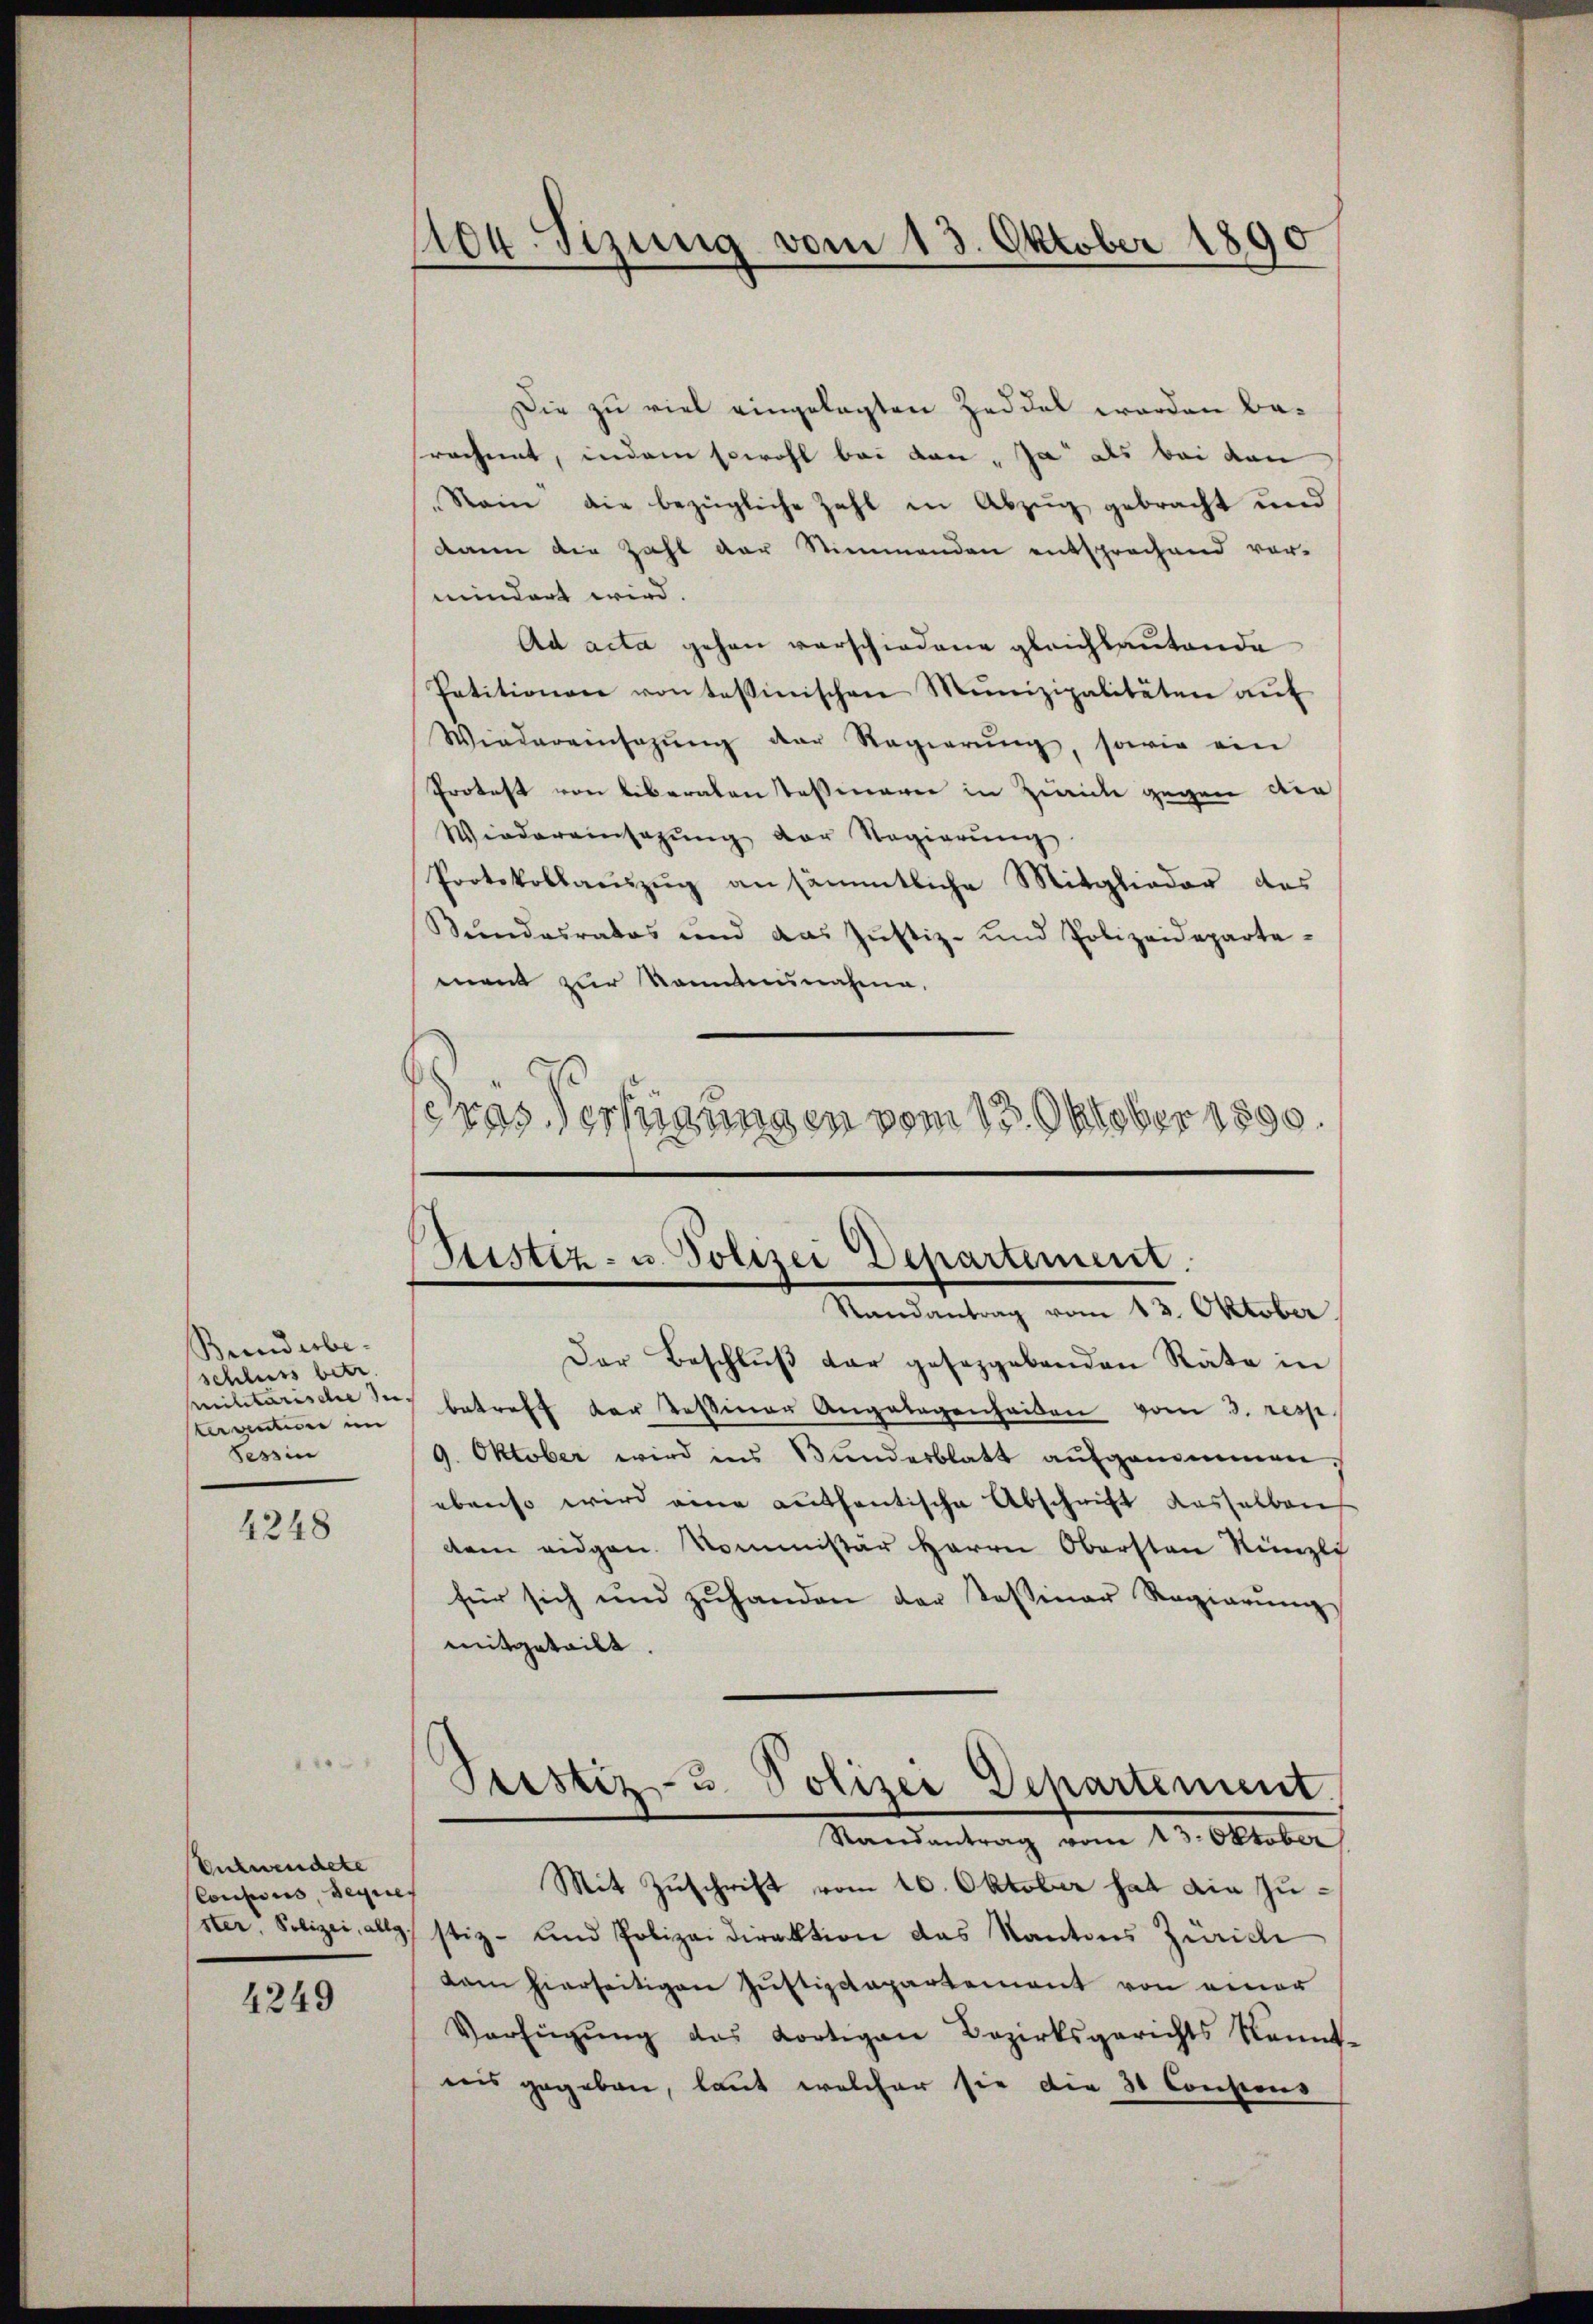
Beenderbe.
schluss betr.
Militärische der
terventione im
Tessin

4248

Entwendete
Consus, denies

4249

Die zu viel eingelegten Zeddel worden besrechnet, indem sowohl bei den, ja als bei den
Rein die bezügliche Zahl in Abzug gebracht und
dann die Zahl der Stimmenden entsprechend vor-
mindert wird.
Ad acta gehen verschiedene gleichbautende
Petitionen von tessinischen Munizipalitäten aŭf
Wiedereinsazŭng der Regierŭng, sowie ein
Protest von Liberaten Tessieren in Zürichte gegen die
Wiedereinsatzung der Regierung
Protokollaeŭzŭg an sämmtliche Mitglieder des
Kundesratos und das Justiz- und Polizeideparte-
ment zur kanntensnahme.
Fras Verfügungen vom 13. Oktober 1890.

104. Sizung vom 13. Oktober 1890

Stistiz- u. Polizei Departement.
Randantrag vom 13. Oktober.

Der Beschlŭβ der gesetzgebenden Räte in
7 betreff der Tessiner Angelegenheiten vom 3. resp.
9. Oktober wird ins Bundesblatt aŭfgenommen.
ebenso wird eine authentische Abschrift dasselben
em eidgen. Kommissär Herrn Obersten Künzli
für sich und zŭhanden der Tessiner Regierŭng
mitgeteilt.
Pustiz- & Polizei Departement.
Randantrag vom 13. Oktober
Mit Zuschrift vom 16. Oktober hat die Zuster Polizei, allg. stiz- und Polizeidirektion das Kantons Zürich
dam hierseitigen Justizdepartement von einer
Verfügŭng das dortigen Bezirksgerichts kannt-
uns gegeben, laut welcher sie die 30 Consions